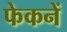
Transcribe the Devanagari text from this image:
फेकनें